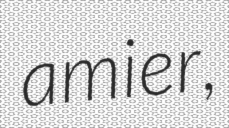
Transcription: amier,